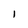
Character: I